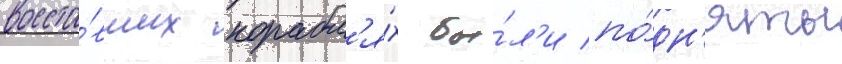
восста́вших корабл'я́х бы́л'и по́дн'яты